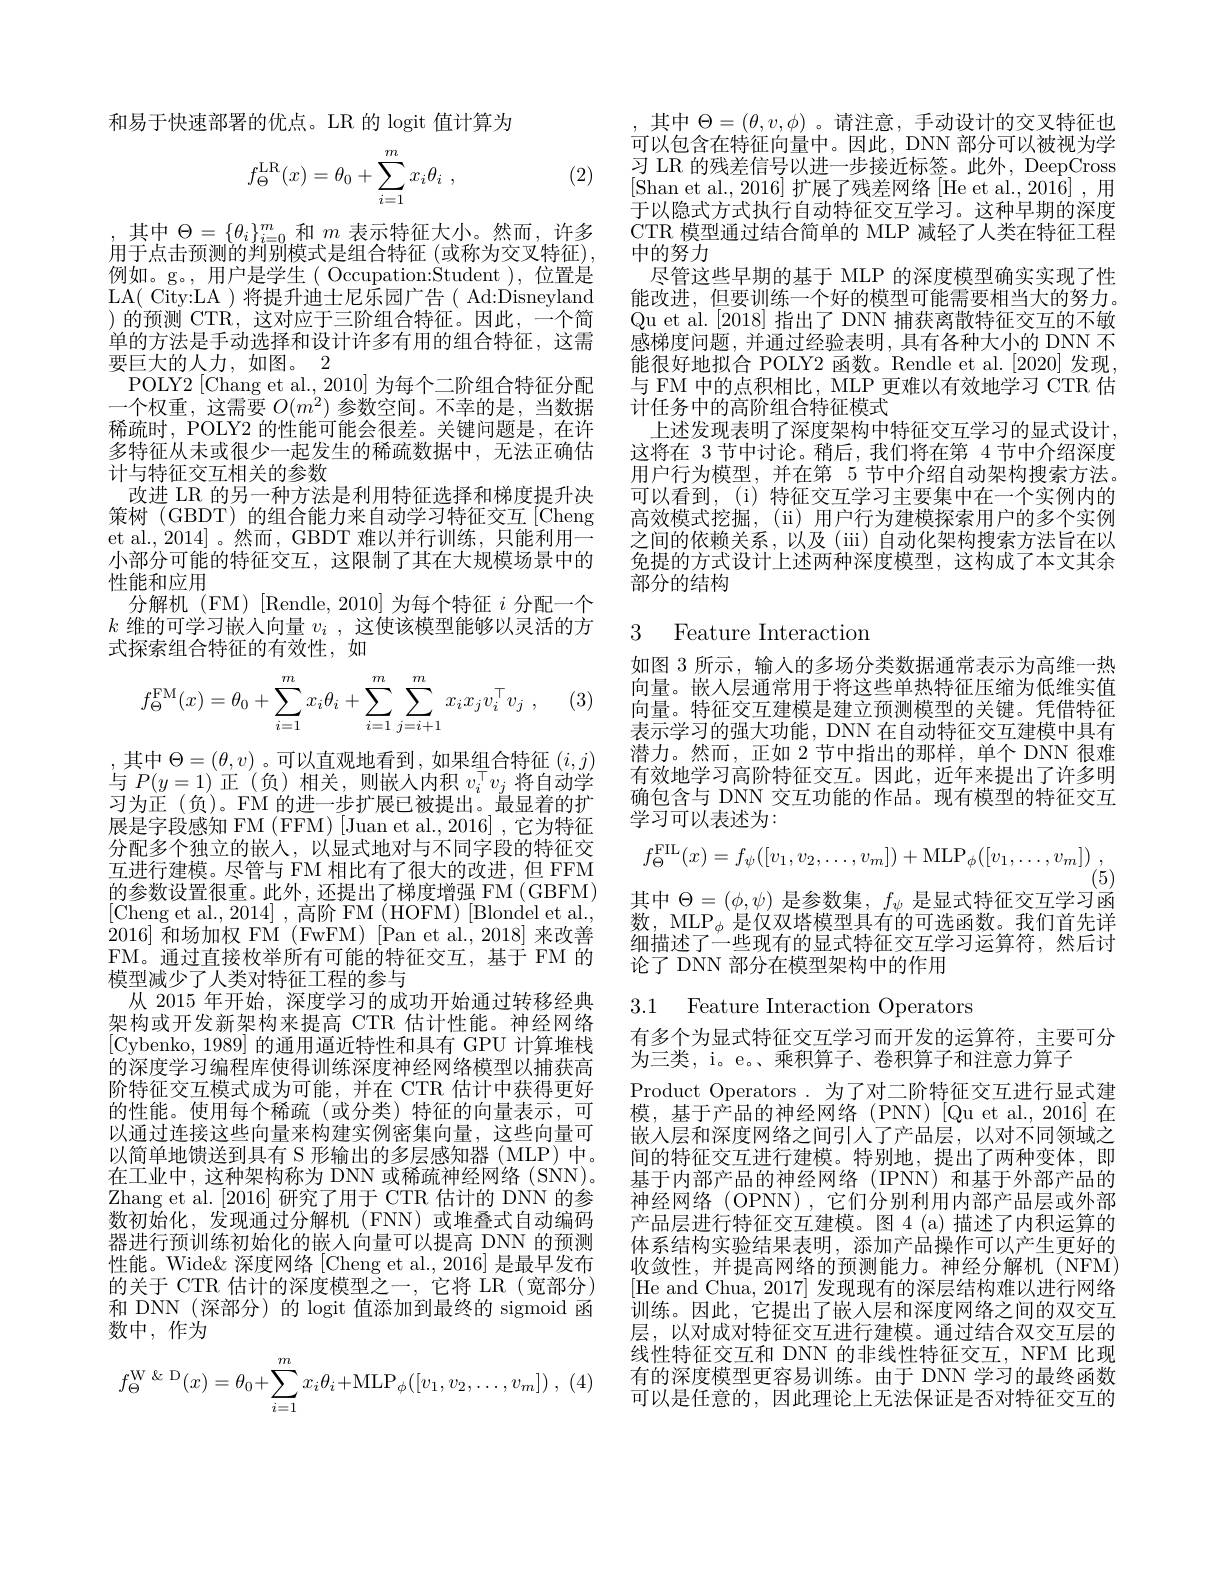
和易于快速部署的优点。LR 的 logit 值计算为

(2)
$$f_\Theta^{\mathrm{LR}}(x)=\theta_0+\sum_{i=1}^mx_i\theta_i\:,$$
其中$\Theta=\{\theta_i\}_{i=0}^m$和$m$表示特征大小。然而，许多用于点击预测的判别模式是组合特征 (或称为交叉特征), 例如。g。, 用户是学生( Occupation:Student ), 位置是LA( City:LA )将提升迪士尼乐园广告( Ad:Disneyland )的预测 CTR,这对应于三阶组合特征。因此，一个简单的方法是手动选择和设计许多有用的组合特征，这需要巨大的人力，如图。2
POLY2 [Chang et al., 2010] 为每个二阶组合特征分配一个权重，这需要$O(m^{2})$参数空间。不幸的是，当数据稀疏时，POLY2 的性能可能会很差。关键问题是，在许多特征从未或很少一起发生的稀疏数据中，无法正确估计与特征交互相关的参数
改进 LR 的另一种方法是利用特征选择和梯度提升决策树 (GBDT) 的组合能力来自动学习特征交互[Cheng et al., 2014] 。然而，GBDT 难以并行训练，只能利用一小部分可能的特征交互，这限制了其在大规模场景中的性能和应用
分解机(FM)[Rendle,2010]为每个特征$i$分配一个$k$维的可学习嵌入向量$v_i$ ,这使该模型能够以灵活的方式探索组合特征的有效性，如

(3)
$$f_\Theta^{\mathrm{FM}}(x)=\theta_0+\sum_{i=1}^mx_i\theta_i+\sum_{i=1}^m\sum_{j=i+1}^mx_ix_jv_i^\top v_j\:,$$
,其中$\Theta=(\theta,v)$。可以直观地看到，如果组合特征$(i,j)$ 与$P(y=1)$正$^\prime(负)$相关，则嵌人内积$v_i^\top v_j$将自动学习为正(负)。FM 的进一步扩展已被提出。最显着的扩展是字段感知 FM (FFM) [Juan et al., 2016] , 它为特征分配多个独立的嵌人，以显式地对与不同字段的特征交互进行建模。尽管与 FM 相比有了很大的改进，但 FFM 的参数设置很重。此外，还提出了梯度增强 FM(GBFM) [Cheng et al., 2014] , 高阶 FM ( HOFM) [Blondel et al., 2016]和场加权 FM (FwFM) [Pan et al.,2018]来改善FM。通过直接枚举所有可能的特征交互，基于 FM 的模型减少了人类对特征工程的参与
从 2015 年开始，深度学习的成功开始通过转移经典架构或开发新架构来提高 CTR 估计性能。神经网络[Cybenko, 1989] 的通用逼近特性和具有 GPU 计算堆栈的深度学习编程库使得训练深度神经网络模型以捕获高阶特征交互模式成为可能，并在 CTR 估计中获得更好的性能。使用每个稀疏(或分类)特征的向量表示，可以通过连接这些向量来构建实例密集向量，这些向量可以简单地馈送到具有 S 形输出的多层感知器(MLP)中。在工业中，这种架构称为 DNN 或稀疏神经网络(SNN)。Zhang et al.[2016]研究了用于 CTR 估计的 DNN 的参数初始化，发现通过分解机(FNN)或堆叠式自动编码器进行预训练初始化的嵌入向量可以提高 DNN 的预测性能。Wide&深度网络[Cheng et al., 2016] 是最早发布的关于 CTR 估计的深度模型之一，它将 LR(宽部分) 和 DNN(深部分)的 logit 值添加到最终的 sigmoid 函数中，作为
$$f_\Theta^{\text{W \& D}}(x)=\theta_0+\sum_{i=1}^mx_i\theta_i+\text{MLP}_\phi([v_1,v_2,\dots,v_m])\:,$$
,其中$\Theta=(\theta,v,\phi)$。请注意，手动设计的交叉特征也可以包含在特征向量中。因此，DNN 部分可以被视为学习 LR 的残差信号以进一步接近标签。此外，DeepCross [Shan et al., 2016] 扩展了残差网络[He et al., 2016] , 用于以隐式方式执行自动特征交互学习。这种早期的深度CTR 模型通过结合简单的 MLP 减轻了人类在特征工程中的努力
尽管这些早期的基于 MLP 的深度模型确实实现了性能改进，但要训练一个好的模型可能需要相当大的努力。Qu et al.[2018] 指出了 DNN 捕获离散特征交互的不敏感梯度问题，并通过经验表明，具有各种大小的 DNN 不能很好地拟合 POLY2 函数。Rendle et al.[2020]发现， 与 FM 中的点积相比，MLP 更难以有效地学习 CTR 估计任务中的高阶组合特征模式
上述发现表明了深度架构中特征交互学习的显式设计， 这将在 3节中讨论。稍后，我们将在第 4 节中介绍深度用户行为模型，并在第 5 节中介绍自动架构搜索方法。可以看到，(i)特征交互学习主要集中在一个实例内的高效模式挖掘，(ii)用户行为建模探索用户的多个实例之间的依赖关系，以及(iii)自动化架构搜索方法旨在以免提的方式设计上述两种深度模型，这构成了本文其余部分的结构

### 3 Feature Interaction

如图 3 所示，输入的多场分类数据通常表示为高维一热向量。嵌人层通常用于将这些单热特征压缩为低维实值向量。特征交互建模是建立预测模型的关键。凭借特征表示学习的强大功能，DNN 在自动特征交互建模中具有潜力。然而，正如 2 节中指出的那样，单个 DNN 很难有效地学习高阶特征交互。因此，近年来提出了许多明确包含与 DNN 交互功能的作品。现有模型的特征交互学习可以表述为：
$$f_{\Theta}^{\mathrm{FIL}}(x)=f_{\psi}([v_{1},v_{2},\ldots,v_{m}])+\mathrm{MLP}_{\phi}([v_{1},\ldots,v_{m}])\:,$$
(5)
其中$\Theta=(\phi,\psi)$是参数集$,f_\psi$是显式特征交互学习函

数，MLP$_\phi$是仅双塔模型具有的可选函数。我们首先详细描述了一些现有的显式特征交互学习运算符，然后讨论了 DNN 部分在模型架构中的作用

3.1 Feature Interaction Operators

有多个为显式特征交互学习而开发的运算符，主要可分
为三类，i。e。、乘积算子、卷积算子和注意力算子
Product Operators. 为了对二阶特征交互进行显式建模，基于产品的神经网络(PNN)[Quetal.,2016]在嵌入层和深度网络之间引人了产品层，以对不同领域之间的特征交互进行建模。特别地，提出了两种变体，即基于内部产品的神经网络(IPNN)和基于外部产品的神经网络(OPNN),它们分别利用内部产品层或外部产品层进行特征交互建模。图 4 (a) 描述了内积运算的体系结构实验结果表明，添加产品操作可以产生更好的收敛性，并提高网络的预测能力。神经分解机(NFM) [He and Chua, 2017] 发现现有的深层结构难以进行网络训练。因此，它提出了嵌人层和深度网络之间的双交互层，以对成对特征交互进行建模。通过结合双交互层的线性特征交互和 DNN 的非线性特征交互，NFM 比现有的深度模型更容易训练。由于 DNN 学习的最终函数可以是任意的，因此理论上无法保证是否对特征交互的